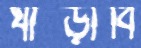
ঘাব্‌ড়াবি